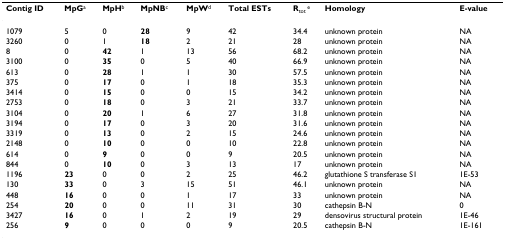
<table><thead><tr><td><b>Contig ID</b></td><td><b>MpG<sup>a</sup></b></td><td><b>MpH<sup>b</sup></b></td><td><b>MpNB<sup>c</sup></b></td><td><b>MpW<sup>d</sup></b></td><td><b>Total ESTs</b></td><td><b>R<sub>tot </sub><sup>e</sup></b></td><td><b>Homology</b></td><td><b>E-value</b></td></tr></thead><tbody><tr><td>1079</td><td>5</td><td>0</td><td><b>28</b></td><td>9</td><td>42</td><td>34.4</td><td>unknown protein</td><td>NA</td></tr><tr><td>3260</td><td>0</td><td>1</td><td><b>18</b></td><td>2</td><td>21</td><td>28</td><td>unknown protein</td><td>NA</td></tr><tr><td>8</td><td>0</td><td><b>42</b></td><td>1</td><td>13</td><td>56</td><td>68.2</td><td>unknown protein</td><td>NA</td></tr><tr><td>3100</td><td>0</td><td><b>35</b></td><td>0</td><td>5</td><td>40</td><td>66.9</td><td>unknown protein</td><td>NA</td></tr><tr><td>613</td><td>0</td><td><b>28</b></td><td>1</td><td>1</td><td>30</td><td>57.5</td><td>unknown protein</td><td>NA</td></tr><tr><td>375</td><td>0</td><td><b>17</b></td><td>0</td><td>1</td><td>18</td><td>35.3</td><td>unknown protein</td><td>NA</td></tr><tr><td>3414</td><td>0</td><td><b>15</b></td><td>0</td><td>0</td><td>15</td><td>34.2</td><td>unknown protein</td><td>NA</td></tr><tr><td>2753</td><td>0</td><td><b>18</b></td><td>0</td><td>3</td><td>21</td><td>33.7</td><td>unknown protein</td><td>NA</td></tr><tr><td>3104</td><td>0</td><td><b>20</b></td><td>1</td><td>6</td><td>27</td><td>31.8</td><td>unknown protein</td><td>NA</td></tr><tr><td>3194</td><td>0</td><td><b>17</b></td><td>0</td><td>3</td><td>20</td><td>31.6</td><td>unknown protein</td><td>NA</td></tr><tr><td>3319</td><td>0</td><td><b>13</b></td><td>0</td><td>2</td><td>15</td><td>24.6</td><td>unknown protein</td><td>NA</td></tr><tr><td>2148</td><td>0</td><td><b>10</b></td><td>0</td><td>0</td><td>10</td><td>22.8</td><td>unknown protein</td><td>NA</td></tr><tr><td>614</td><td>0</td><td><b>9</b></td><td>0</td><td>0</td><td>9</td><td>20.5</td><td>unknown protein</td><td>NA</td></tr><tr><td>844</td><td>0</td><td><b>10</b></td><td>0</td><td>3</td><td>13</td><td>17</td><td>unknown protein</td><td>NA</td></tr><tr><td>1196</td><td><b>23</b></td><td>0</td><td>0</td><td>2</td><td>25</td><td>46.2</td><td>glutathione S transferase S1</td><td>1E-53</td></tr><tr><td>130</td><td><b>33</b></td><td>0</td><td>3</td><td>15</td><td>51</td><td>46.1</td><td>unknown protein</td><td>NA</td></tr><tr><td>448</td><td><b>16</b></td><td>0</td><td>0</td><td>1</td><td>17</td><td>33</td><td>unknown protein</td><td>NA</td></tr><tr><td>254</td><td><b>20</b></td><td>0</td><td>0</td><td>11</td><td>31</td><td>30</td><td>cathepsin B-N</td><td>0</td></tr><tr><td>3427</td><td><b>16</b></td><td>0</td><td>1</td><td>2</td><td>19</td><td>29</td><td>densovirus structural protein</td><td>1E-46</td></tr><tr><td>256</td><td><b>9</b></td><td>0</td><td>0</td><td>0</td><td>9</td><td>20.5</td><td>cathepsin B-N</td><td>1E-161</td></tr></tbody></table>